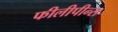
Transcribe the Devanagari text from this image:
फीलीपीन्स